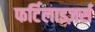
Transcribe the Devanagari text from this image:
फर्टिलाइज़र्स